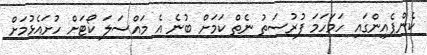
ކެންޕެއިންގައި ހަަމަހަމަ ފުރުސަތު ނެތް ކަމަށް ބުނެ އެ މައްސަލަ ކޯޓަށް ހުށައެޅުމަށް